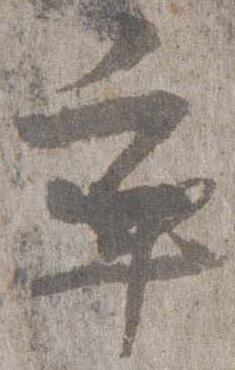
卒